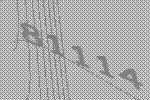
81114